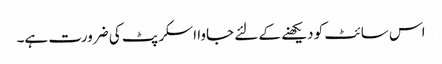
اس سائٹ کو دیکھنے کے لئے جاوا اسکرپٹ کی ضرورت ہے۔